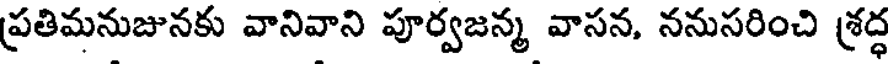
ప్రతిమనుజునకు వానివాని పూర్వజన్మ వాసన, ననుసరించి శ్రద్ధ